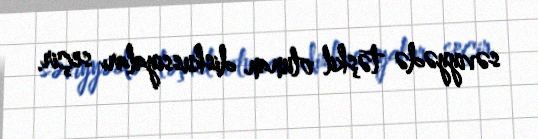
səviyyədə təşkil olunan diskussiyaları seçir.